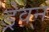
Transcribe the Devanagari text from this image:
ड्रेवन